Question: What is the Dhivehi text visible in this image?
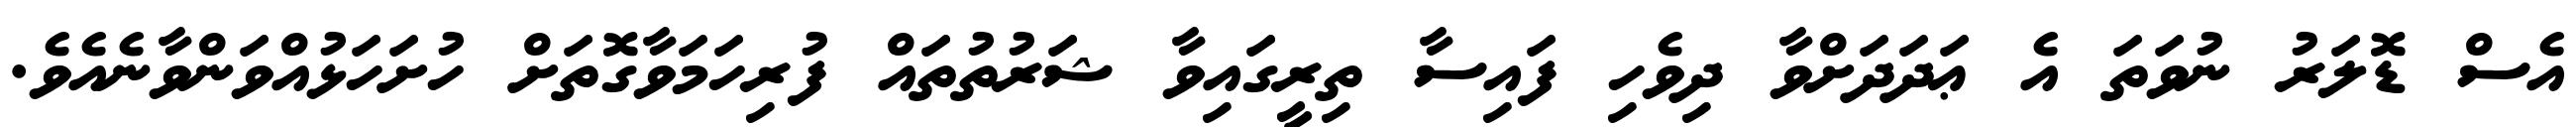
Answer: އެސް ޑޮލަރު ނުވަތަ އެ ޢަދަދަށްވާ ދިވެހި ފައިސާ ތިރީގައިވާ ޝަރުތުތައް ފުރިހަމަވާގޮތަށް ހުށަހަޅުއްވަންވާނެއެވެ.